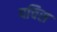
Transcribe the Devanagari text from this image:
पचिस